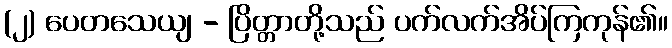
(၂) ပေတသေယျ - ပြိတ္တာတို့သည် ပက်လက်အိပ်ကြကုန်၏။